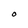
Character: O